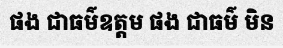
ផង ជាធម៌ឧត្តម ផង ជាធម៌ មិន